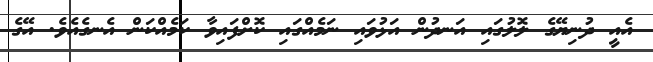
އެއީ ދުނިޔޭގެ ލޮލުގައި އަނދުން އަޅުވައި ނަމެއްގައި ކޮށްފައިވާ ކަމެއްކަން އެނގެއެވެ. އޭގެ